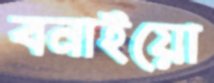
বনাইয়ো